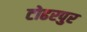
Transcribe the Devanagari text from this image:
टोढरपुर